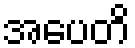
အပေတိ